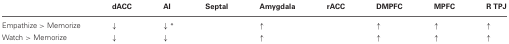
<table><thead><tr><td></td><td><b>dACC</b></td><td><b>AI</b></td><td><b>Septal</b></td><td><b>Amygdala</b></td><td><b>rACC</b></td><td><b>DMPFC</b></td><td><b>MPFC</b></td><td><b>R TPJ</b></td></tr></thead><tbody><tr><td>Empathize &gt; Memorize</td><td>↓</td><td>↓<sup>*</sup></td><td></td><td>↑</td><td></td><td>↑</td><td>↑</td><td>↑</td></tr><tr><td>Watch &gt; Memorize</td><td>↓</td><td>↓</td><td></td><td>↑</td><td></td><td>↑</td><td>↑</td><td>↑</td></tr></tbody></table>